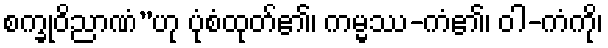
စက္ခုဝိညာဏံ”ဟု ပုံစံထုတ်၏၊ ကမ္မဿ-ကံ၏၊ ဝါ-ကံကို၊